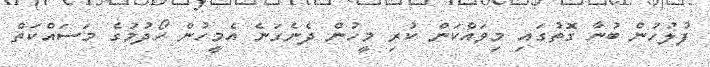
ފުލުހުން ބުނާ ގޮތުގައި މިވައްކަން ކުރި މީހުން ދެނެގަނެ އެމީހުން ހޯދުމުގެ މަސައްކަތް